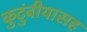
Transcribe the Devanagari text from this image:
कुटुंबीयासह